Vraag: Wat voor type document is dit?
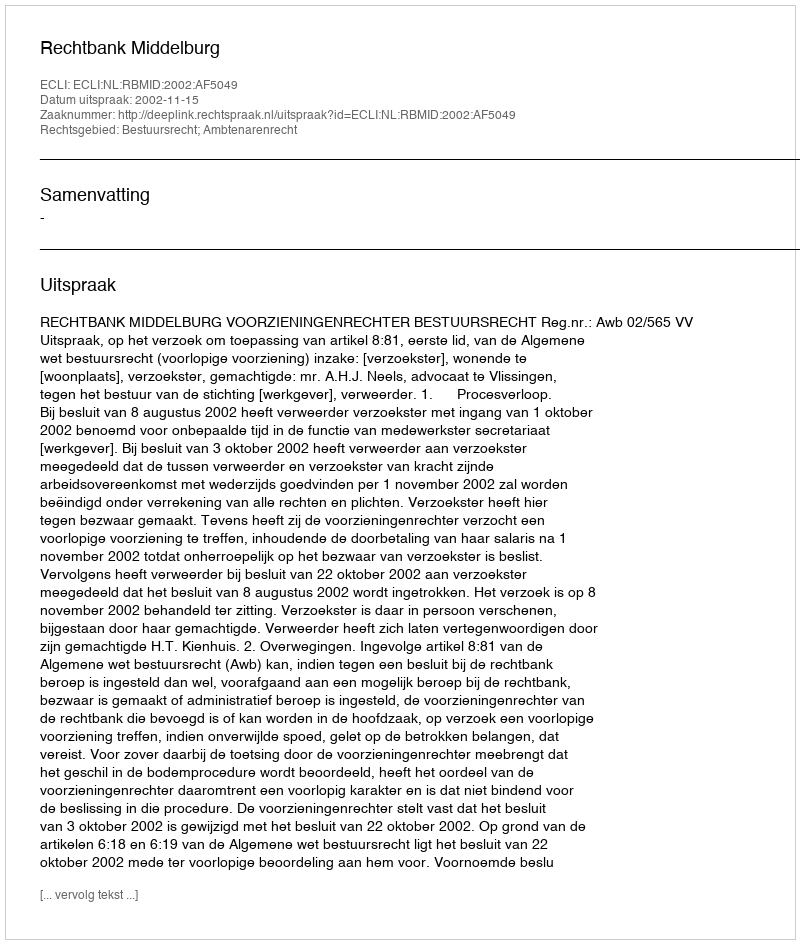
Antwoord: Uitspraak